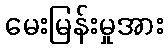
မေးမြန်းမှုအား